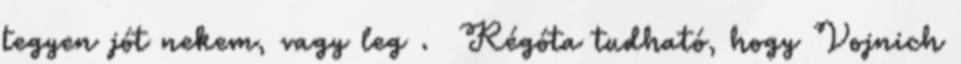
tegyen jót nekem, vagy leg . Régóta tudható, hogy Vojnich